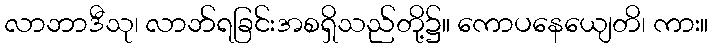
လာဘာဒီသု၊ လာဘ်ရခြင်းအစရှိသည်တို့၌။ ကောပနေယျေတိ၊ ကား။